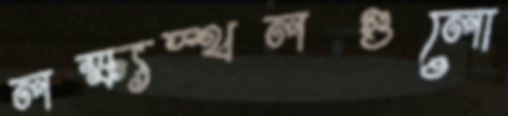
লক্ষ্যস্থলগুলো